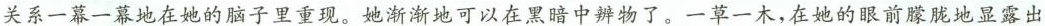
关系一幕一幕地在她的脑子里重现。她渐渐地可以在黑暗中辨物了。一草一木，在她的眼前朦胧地显露出